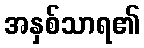
အနှစ်သာရ၏